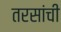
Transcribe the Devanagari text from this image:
तरसांची